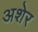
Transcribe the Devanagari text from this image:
अशेर